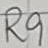
Text: R9